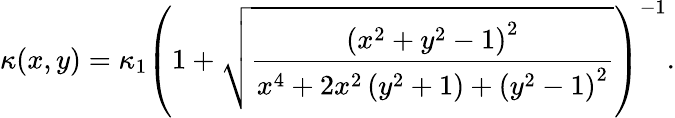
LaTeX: \kappa(x,y)=\kappa_{1}\left(1+\sqrt{\frac{\left(x^{2}+y^{2}-1\right)^{2}}{{x^{4}+2x^{2}\left(y^{2}+1\right)+\left(y^{2}-1\right)^{2}}}}\right)^{-1}.